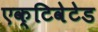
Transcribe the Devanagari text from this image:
एक्टिवेटेड